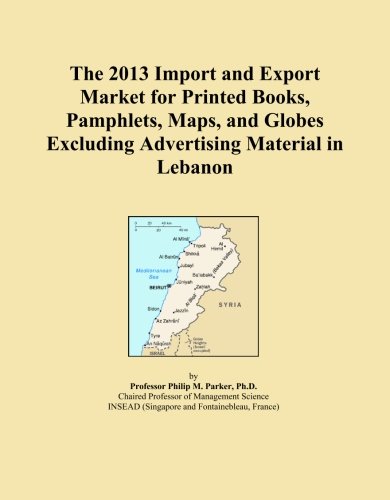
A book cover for The 2013 Import and Export Market for Printed Books, Pamphlets, Maps, and Globes Excluding Advertising Material in Lebanon; Icon Group International; Travel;